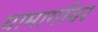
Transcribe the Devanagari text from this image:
यामार्गावर